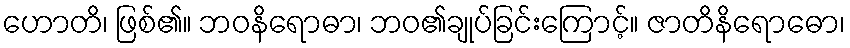
ဟောတိ၊ ဖြစ်၏။ ဘဝနိရောဓာ၊ ဘဝ၏ချုပ်ခြင်းကြောင့်။ ဇာတိနိရောဓော၊